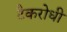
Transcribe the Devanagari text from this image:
टैकरोधी